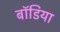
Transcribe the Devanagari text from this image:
बॉडिया